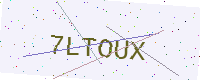
Text: 7LTOUX